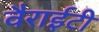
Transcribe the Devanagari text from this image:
वैराईटी